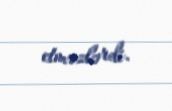
etməzlərdi.